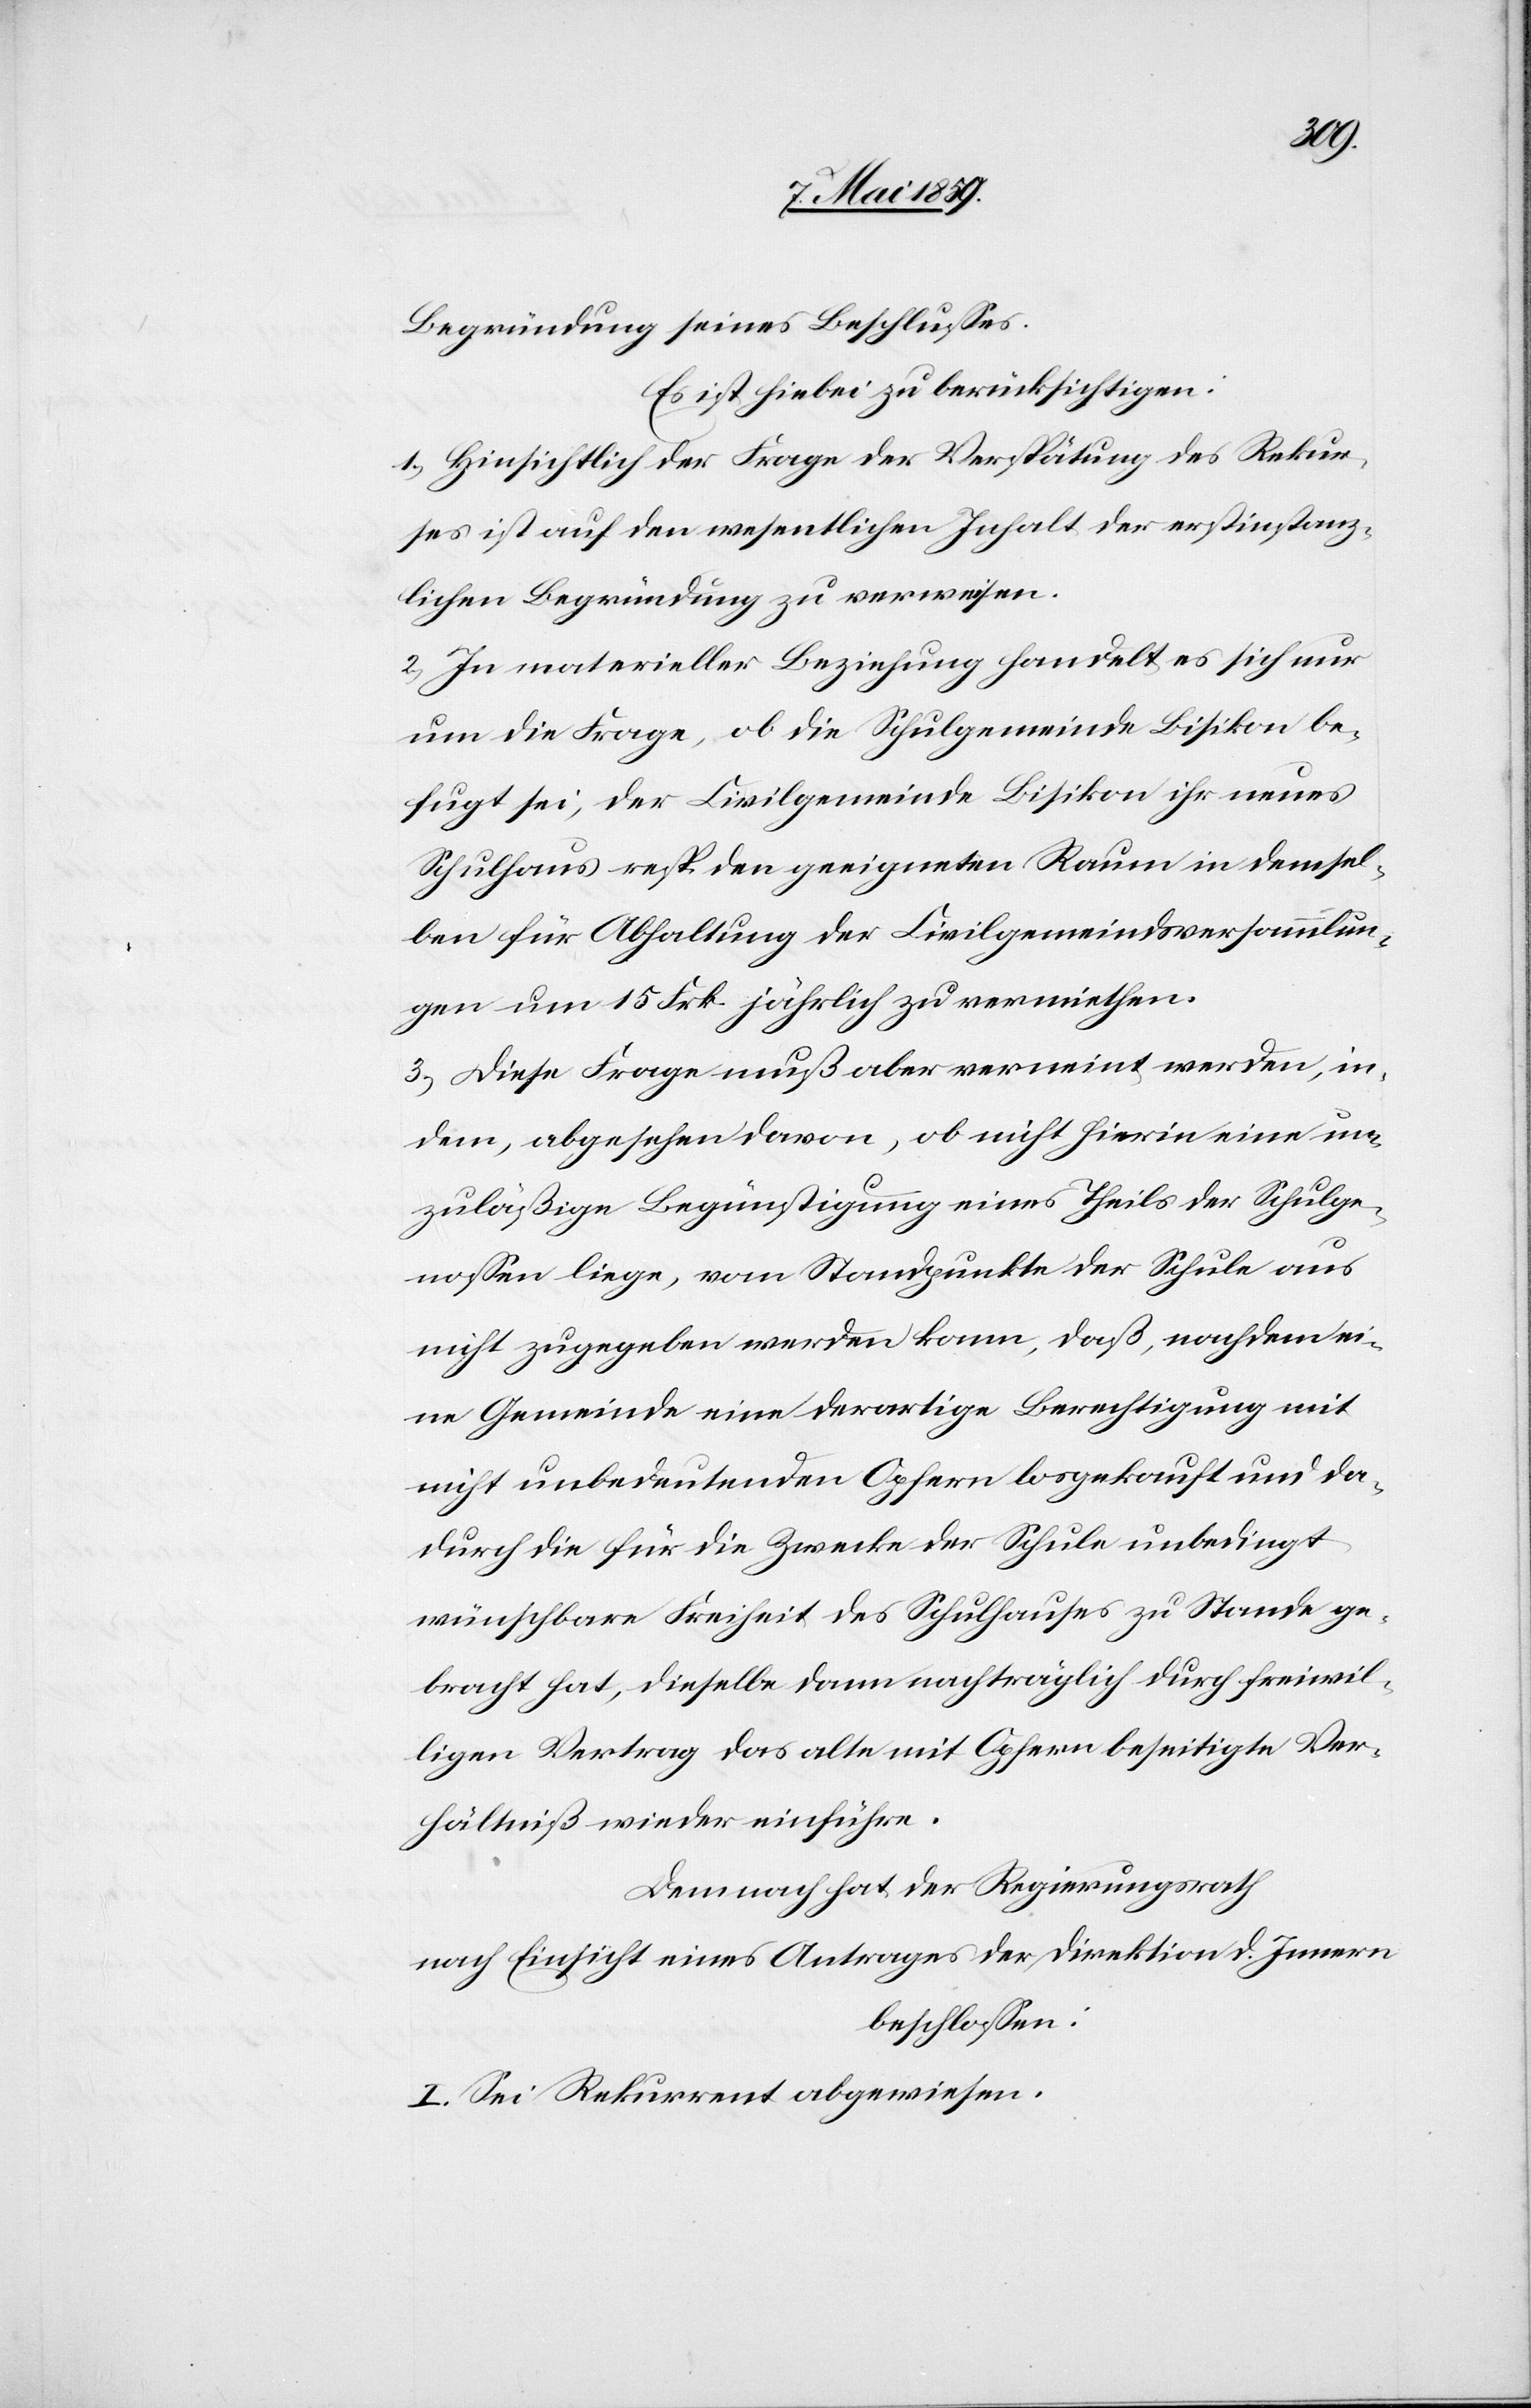
Begründung seines Beschlußes.
Es ist hiebei zu berücksichtigen:
1) Hinsichtlich der Frage der Verspätung des Rekur¬
ses ist auf den wesentlichen Inhalt der erstinstanz¬
lichen Begründung zu verweisen.
2) In materieller Beziehung handelt es sich nur
um die Frage, ob die Schulgemeinde Bisikon be¬
fugt sei, der Civilgemeinde Bisikon ihr neues
Schulhaus resp. den geeigneten Raum in demsel¬
ben für Abhaltung der Civilgemeindsversammlun¬
gen um 15 Frk. jährlich zu vermiethen.
3) Diese Frage muß aber verneint werden, in¬
dem, abgesehen davon, ob nicht hierin eine un¬
zuläßige Begünstigung eines Theils der Schulge¬
noßen liege, vom Standpunkte der Schule aus
nicht zugegeben werden kann, daß, nachdem ei¬
ne Gemeinde eine derartige Berechtigung mit
nicht unbedeutenden Opfern losgekauft und da¬
durch die für die Zwecke der Schule unbedingt
wünschbare Freiheit des Schulhauses zu Stande ge¬
bracht hat, dieselbe dann nachträglich durch freiwil¬
ligen Vertrag das alte mit Opfern beseitigte Ver¬
hältniß wieder einführe.
Demnach hat der Regierungsrath
nach Einsicht eines Antrages der Direktion d. Innern
beschloßen:
I. Sei Rekurrent abgewiesen.